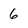
Character: 6